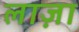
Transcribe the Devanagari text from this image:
लाज़ा